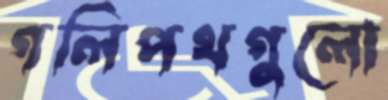
গলিপথগুলো